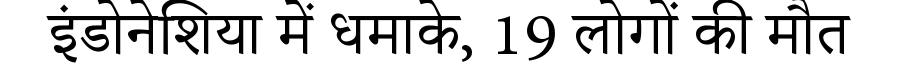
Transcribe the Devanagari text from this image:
इंडोनेशिया में धमाके, 19 लोगों की मौत